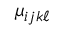
\mu _ { i j k \ell }